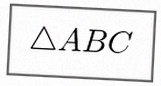
\triangle ABC